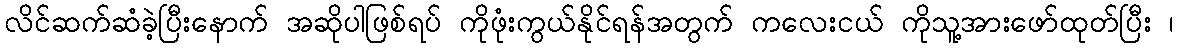
လိင်ဆက်ဆံခဲ့ပြီးနောက် အဆိုပါဖြစ်ရပ် ကိုဖုံးကွယ်နိုင်ရန်အတွက် ကလေးငယ် ကိုသူ့အားဖော်ထုတ်ပြီး ၊